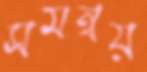
সমন্বয়